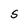
Character: S